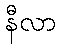
နီလာ